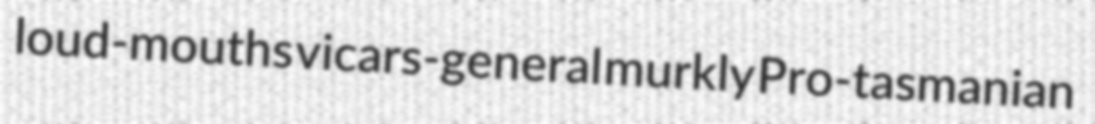
loud-mouths vicars-general murkly Pro-tasmanian